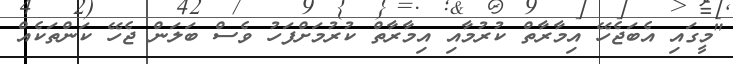
"މީގައި އެބަޖެހޭ އިމާރާތް ކުރުމާއި އިމާރާތް ކުރުމަށްފަހު ވެސް ބަލަން ޖެހޭ ކަންތަކެއް